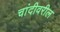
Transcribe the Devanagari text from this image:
चांदीवरील